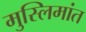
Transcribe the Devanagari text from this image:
मुस्लिमांत